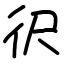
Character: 鿈